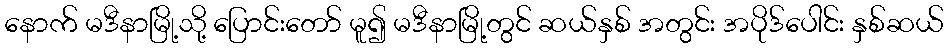
နောက် မဒီနာမြို့သို့ ပြောင်းတော် မူ၍ မဒီနာမြို့တွင် ဆယ်နှစ် အတွင်း အပိုဒ်ပေါင်း နှစ်ဆယ်